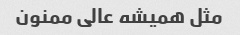
مثل همیشه عالی ممنون